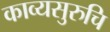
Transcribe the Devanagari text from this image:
काव्यसुरुचि